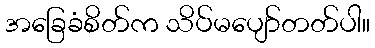
အခြေခံစိတ်က သိပ်မပျော်တတ်ပါ။